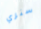
سنري